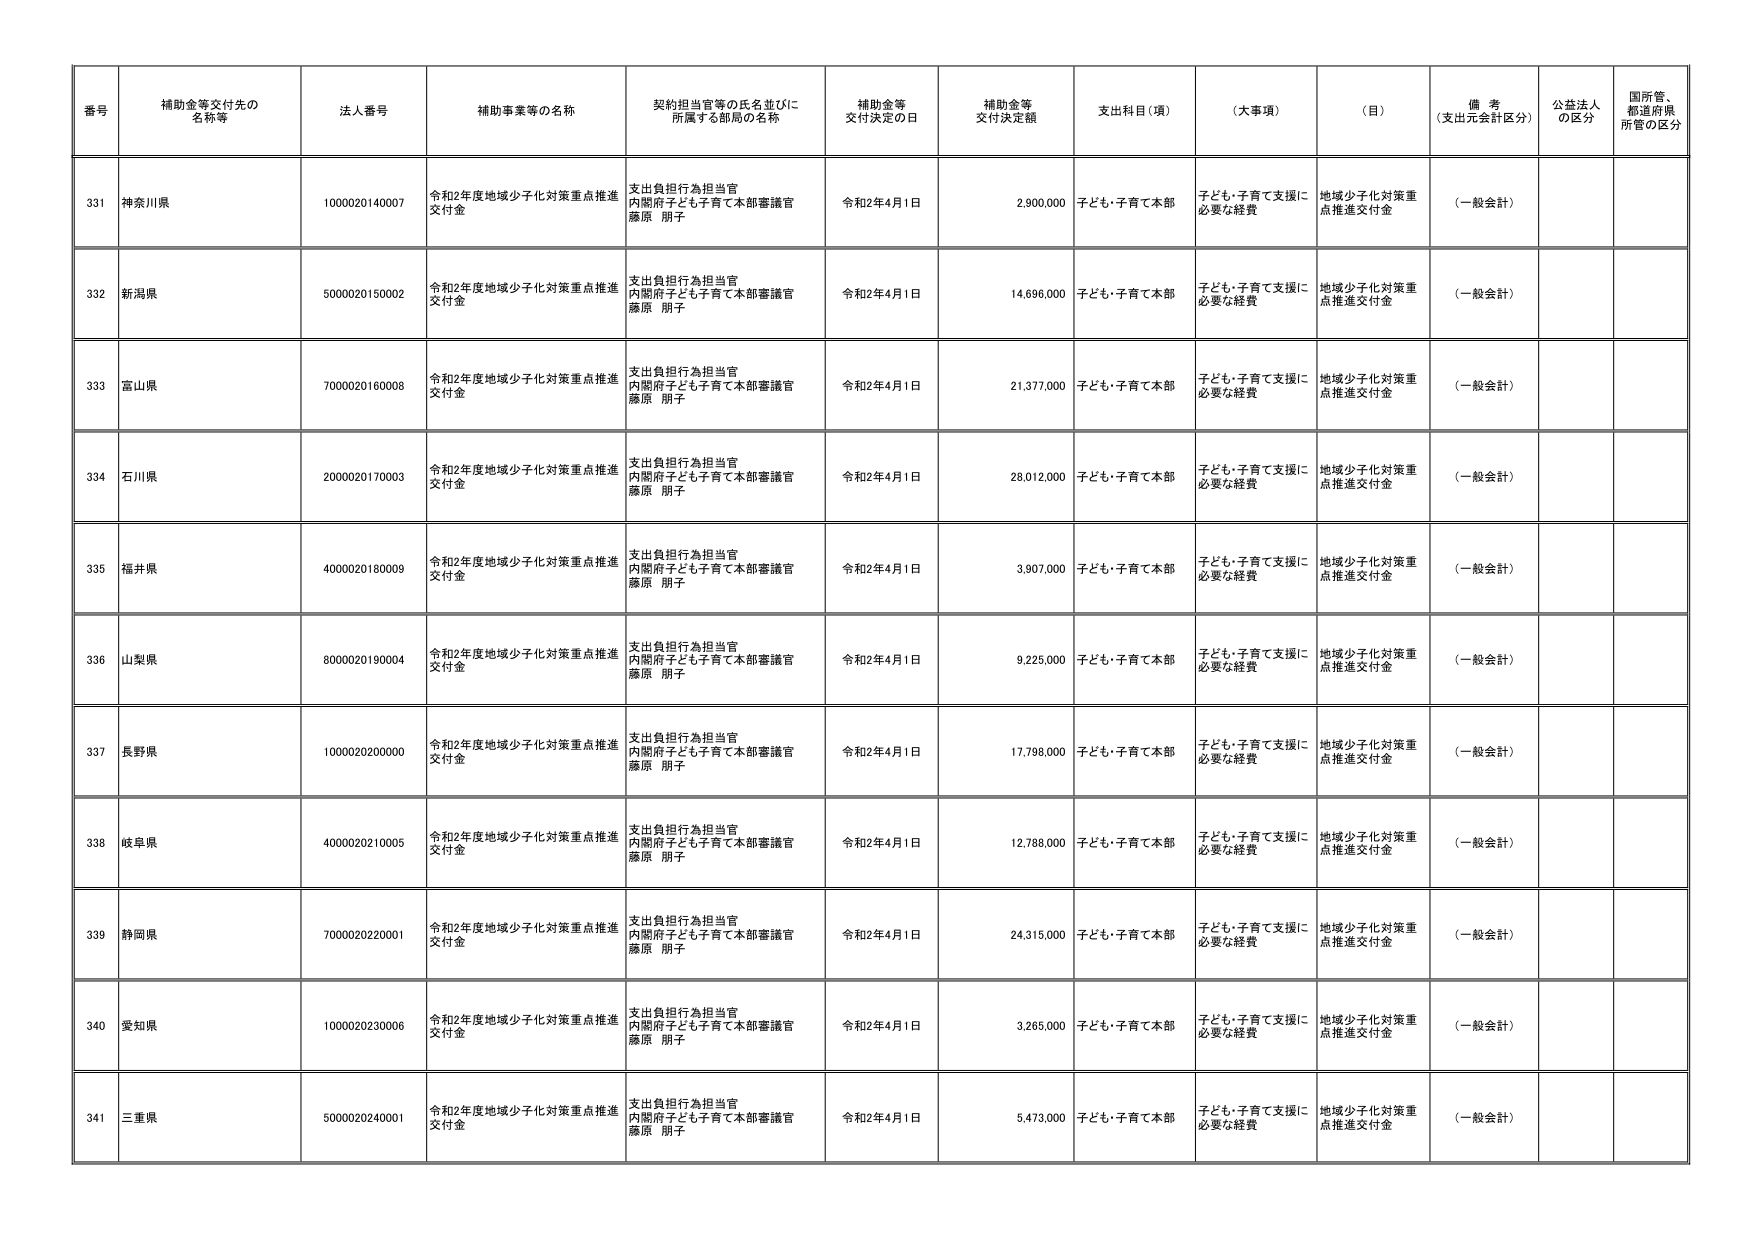
番号 補助金等交付先の名称等 法人番号 補助事業等の名称 契約担当官等の氏名並びに所属する部局の名称 補助金等交付決定の日 補助金等交付決定額 支出科目（項） （大事項） （目） 備考（支出元会計区分） 公益法人の区分 国所管、都道府県所管の区分
331 神奈川県 1000020140007 令和2年度地域少子化対策重点推進交付金 支出負担行為担当官 内閣府子ども子育て本部審議官 藤原 朋子 令和2年4月1日 2,900,000 子ども・子育て本部 子ども・子育て支援に必要な経費 地域少子化対策重点推進交付金 （一般会計）
332 新潟県 5000020150002 令和2年度地域少子化対策重点推進交付金 支出負担行為担当官 内閣府子ども子育て本部審議官 藤原 朋子 令和2年4月1日 14,696,000 子ども・子育て本部 子ども・子育て支援に必要な経費 地域少子化対策重点推進交付金 （一般会計）
333 富山県 7000020160008 令和2年度地域少子化対策重点推進交付金 支出負担行為担当官 内閣府子ども子育て本部審議官 藤原 朋子 令和2年4月1日 21,377,000 子ども・子育て本部 子ども・子育て支援に必要な経費 地域少子化対策重点推進交付金 （一般会計）
334 石川県 2000020170003 令和2年度地域少子化対策重点推進交付金 支出負担行為担当官 内閣府子ども子育て本部審議官 藤原 朋子 令和2年4月1日 28,012,000 子ども・子育て本部 子ども・子育て支援に必要な経費 地域少子化対策重点推進交付金 （一般会計）
335 福井県 4000020180009 令和2年度地域少子化対策重点推進交付金 支出負担行為担当官 内閣府子ども子育て本部審議官 藤原 朋子 令和2年4月1日 3,907,000 子ども・子育て本部 子ども・子育て支援に必要な経費 地域少子化対策重点推進交付金 （一般会計）
336 山梨県 8000020190004 令和2年度地域少子化対策重点推進交付金 支出負担行為担当官 内閣府子ども子育て本部審議官 藤原 朋子 令和2年4月1日 9,225,000 子ども・子育て本部 子ども・子育て支援に必要な経費 地域少子化対策重点推進交付金 （一般会計）
337 長野県 1000020200000 令和2年度地域少子化対策重点推進交付金 支出負担行為担当官 内閣府子ども子育て本部審議官 藤原 朋子 令和2年4月1日 17,798,000 子ども・子育て本部 子ども・子育て支援に必要な経費 地域少子化対策重点推進交付金 （一般会計）
338 岐阜県 4000020210005 令和2年度地域少子化対策重点推進交付金 支出負担行為担当官 内閣府子ども子育て本部審議官 藤原 朋子 令和2年4月1日 12,788,000 子ども・子育て本部 子ども・子育て支援に必要な経費 地域少子化対策重点推進交付金 （一般会計）
339 静岡県 7000020220001 令和2年度地域少子化対策重点推進交付金 支出負担行為担当官 内閣府子ども子育て本部審議官 藤原 朋子 令和2年4月1日 24,315,000 子ども・子育て本部 子ども・子育て支援に必要な経費 地域少子化対策重点推進交付金 （一般会計）
340 愛知県 1000020230006 令和2年度地域少子化対策重点推進交付金 支出負担行為担当官 内閣府子ども子育て本部審議官 藤原 朋子 令和2年4月1日 3,265,000 子ども・子育て本部 子ども・子育て支援に必要な経費 地域少子化対策重点推進交付金 （一般会計）
341 三重県 5000020240001 令和2年度地域少子化対策重点推進交付金 支出負担行為担当官 内閣府子ども子育て本部審議官 藤原 朋子 令和2年4月1日 5,473,000 子ども・子育て本部 子ども・子育て支援に必要な経費 地域少子化対策重点推進交付金 （一般会計）